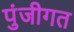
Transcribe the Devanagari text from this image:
पुंजीगत